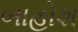
બાહોશ